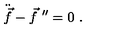
\ddot { \vec { f } } - \vec { f } ^ { \ \prime \prime } = 0 \ .